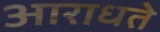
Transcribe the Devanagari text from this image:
आराधते